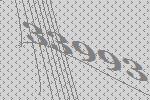
33993